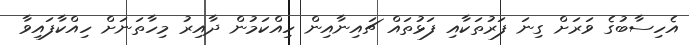
އެހިސާބުގެ ވަރަށް ގިނަ ފަރުތަކާއި ފަޅުތައް ޗައިނާއިން ހިއްކަމުން ދާއިރު މިހާތަނަށް ހިއްކާފައިވާ